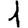
Digit: 1